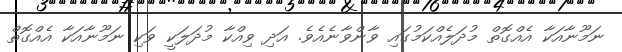
ނަމޫނާއަކާ އެއްގޮތް މުދަލެއްކަމުގައި ވާންވާނެއެވެ. އަދި ވިއްކާ މުދަލަކީ ވަކި ނަމޫނާއަކާ އެއްގޮތް